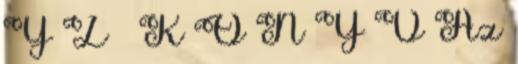
Y Z İ K Ö N Y V Az